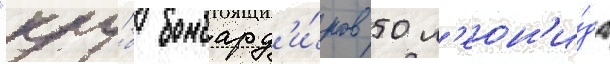
"клу́б бомбард'и́ров 50 л'еон'и́да